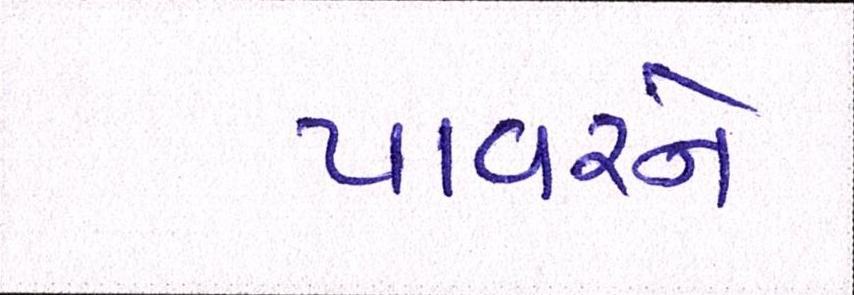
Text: પાવરને